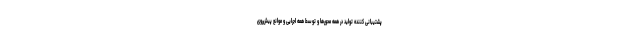
پشتیبانی کننده تولید در همه محورها و توسط همه اجرایی و موانع پیش‌روی